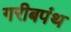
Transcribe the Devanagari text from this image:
गरीबपंथ